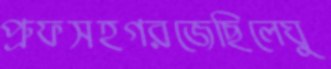
প্রুফসহগরজেছিলেঘু